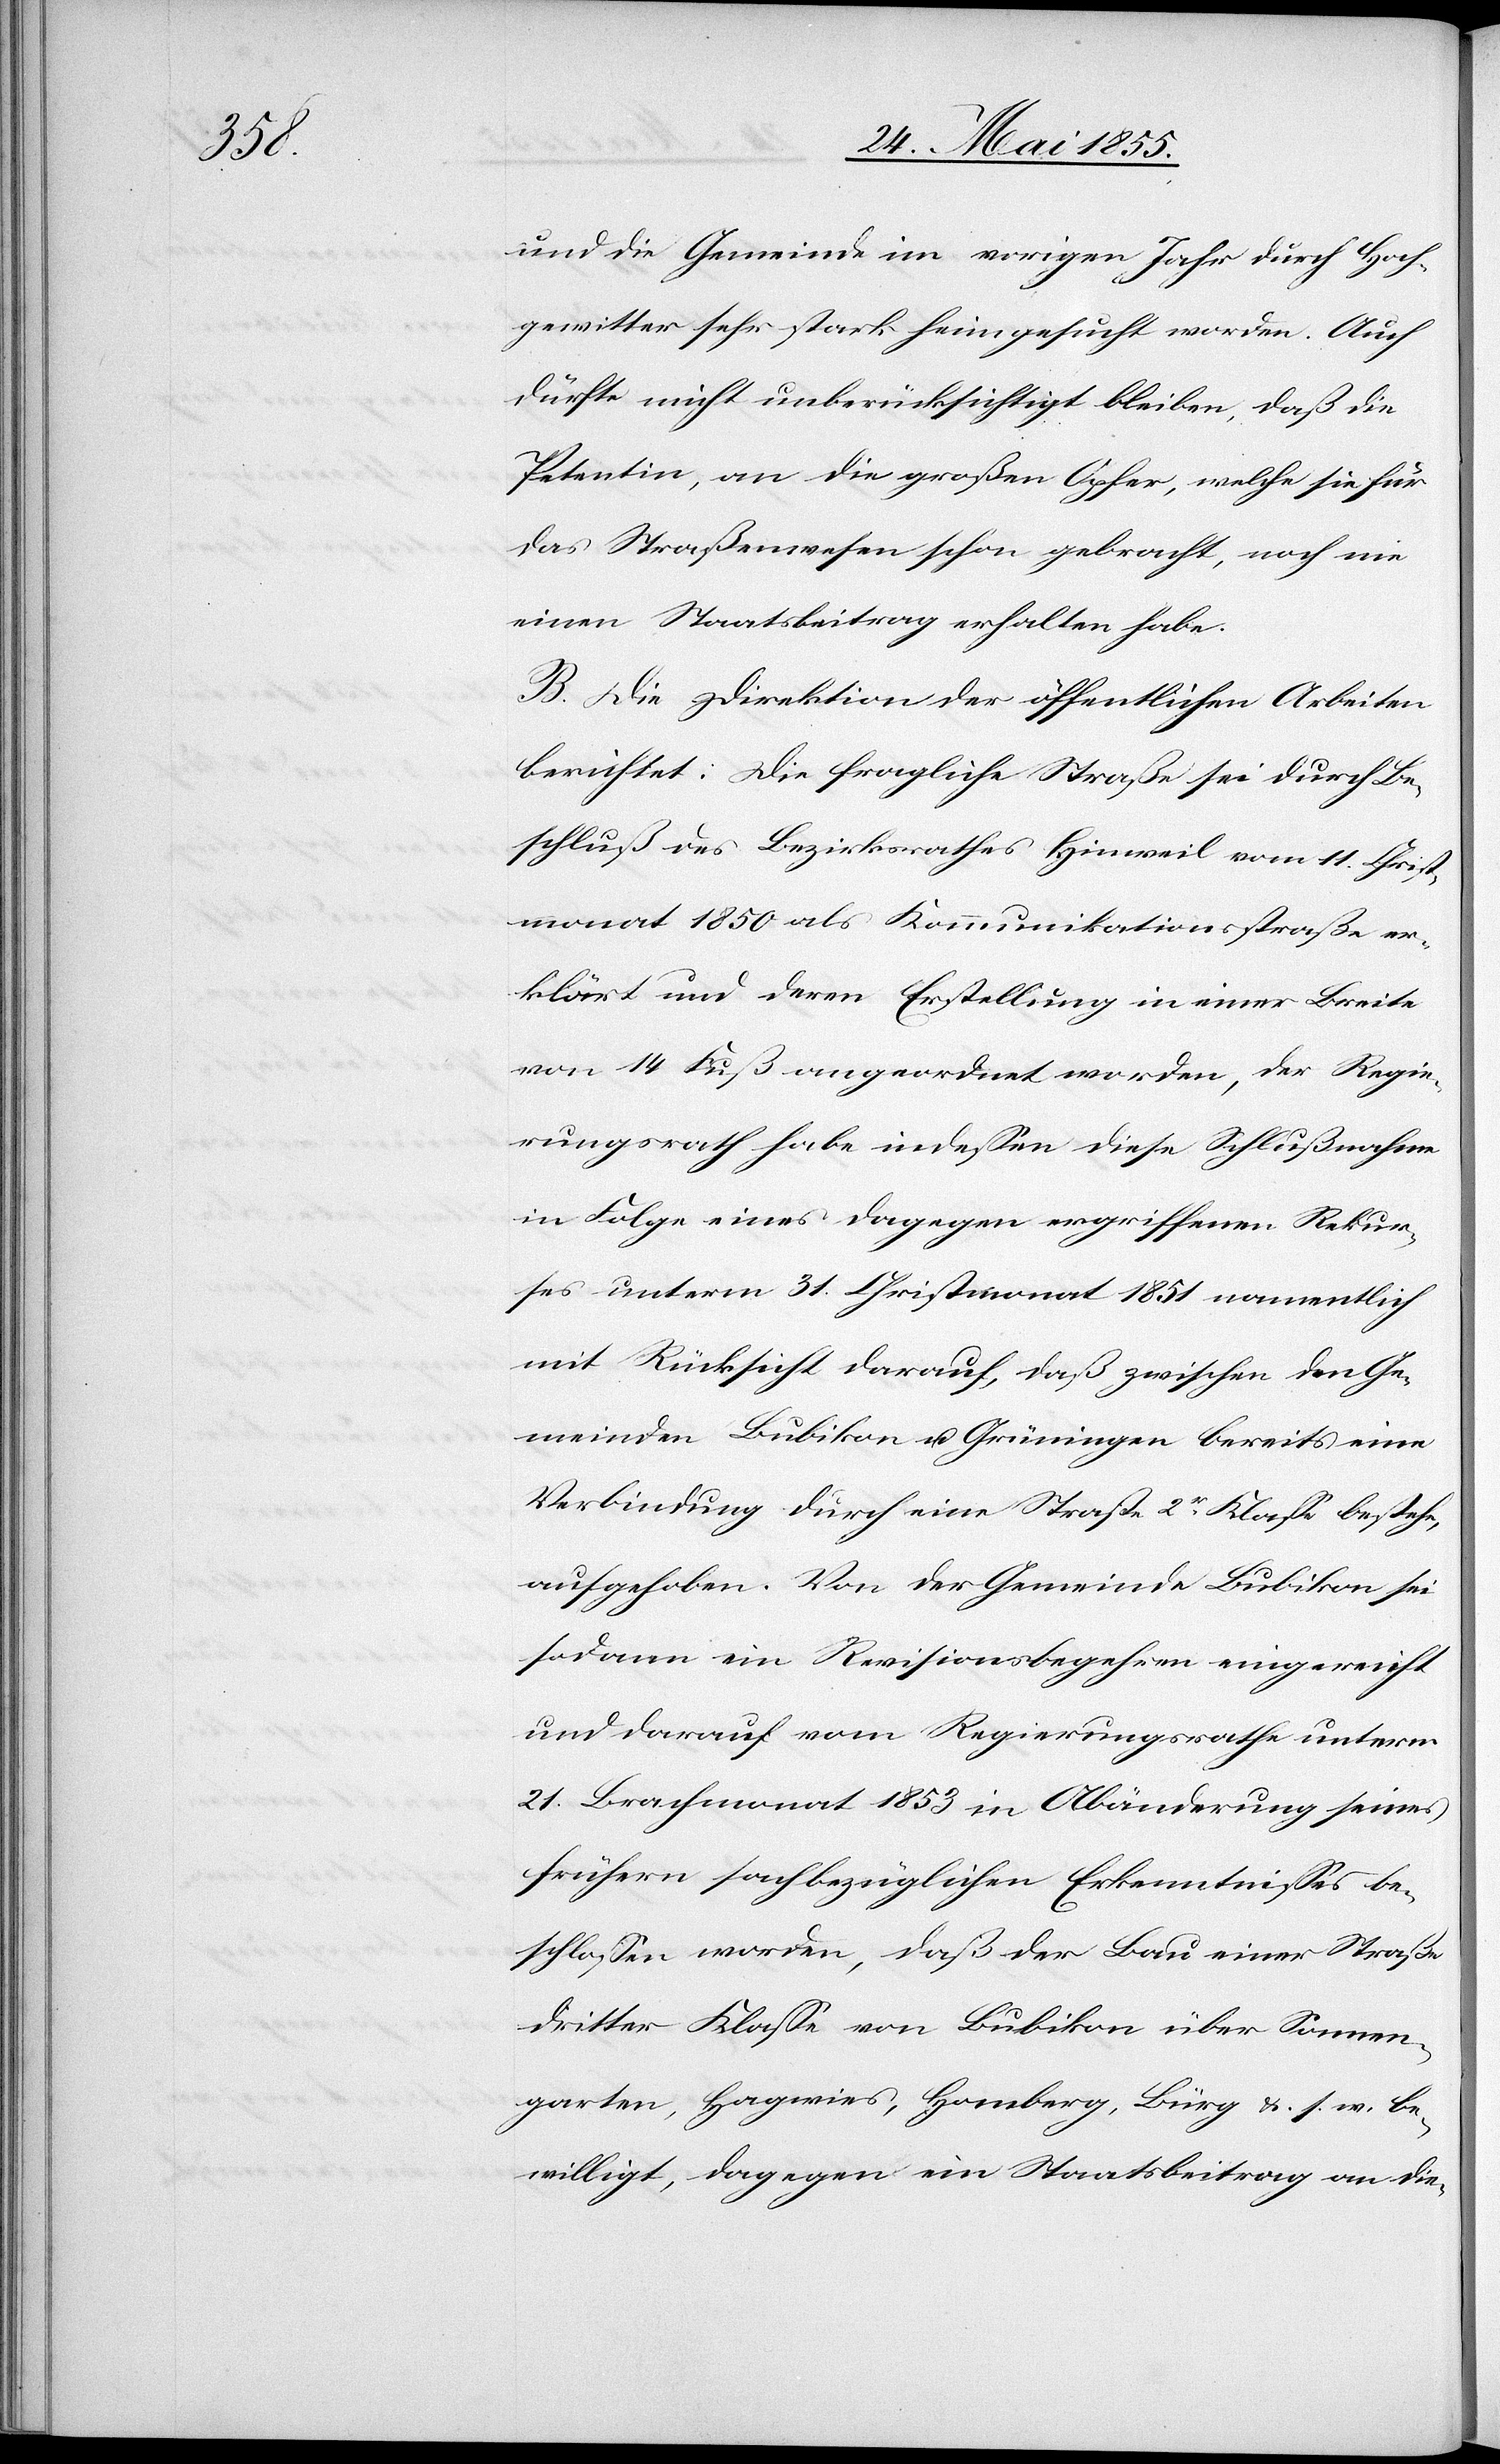
und die Gemeinde im vorigen Jahr durch Hoch¬
gewitter sehr stark heimgesucht worden. Auch
dürfte nicht unberücksichtigt bleiben, daß die
Petentin, an die großen Opfer, welche sie für
das Straßenwesen schon gebracht, noch nie
einen Staatsbeitrag erhalten habe.
B. Die Direktion der öffentlichen Arbeiten
berichtet: Die fragliche Straße sei durch Be¬
schluß des Bezirksrathes Hinweil vom 11. Christ¬
monat 1850 als Kommunikationsstraße er¬
klärt und deren Erstellung in einer Breite
von 14 Fuß angeordnet worden, der Regie¬
rungsrath habe indessen diese Schlußnahme
in Folge eines dagegen ergriffenen Rekur¬
ses unterm 31. Christmonat 1851 namentlich
mit Rücksicht darauf, daß zwischen den Ge¬
meinden Bubikon u. Grüningen bereits eine
Verbindung durch eine Straße 2r Klasse bestehe,
aufgehoben. Von der Gemeinde Bubikon sei
sodann ein Revisionsbegehren eingereicht
und darauf vom Regierungsrathe unterm
21. Brachmonat 1853 in Abänderung seines
frühern sachbezüglichen Erkenntnisses be¬
schlossen worden, daß der Bau einer Straße
dritter Klasse von Bubikon über Sonnen¬
garten, Hagwies, Homberg, Bürg &. s. w. be¬
willigt, dagegen ein Staatsbeitrag an die-